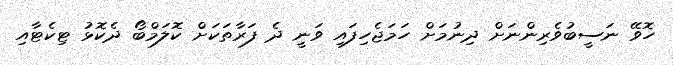
ހޮވޭ ނަސީބުވެރިންނަށް ދިނުމަށް ހަމަޖެހިފައި ވަނީ ދެ ފަރާތަކަށް ކޮލަމްބޯ ދެކޮޅު ޓިކެޓާއި